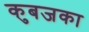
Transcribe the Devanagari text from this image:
कुबजका